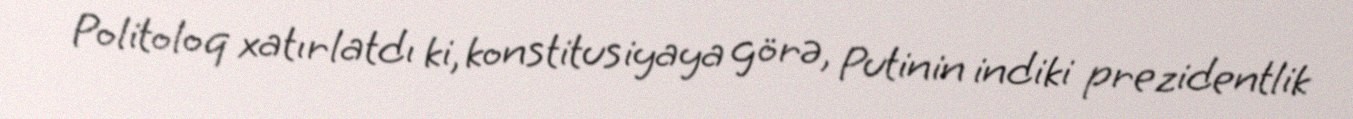
Politoloq xatırlatdı ki, konstitusiyaya görə, Putinin indiki prezidentlik